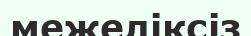
межеліксіз